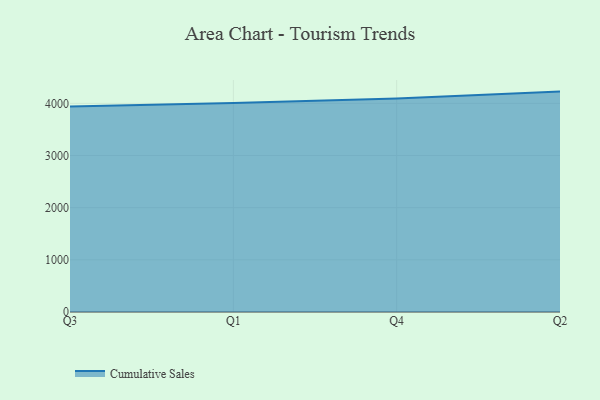
{"axis": {"x": "Quarter", "y": "Conversion Rate (%)"}, "legend": ["Cumulative Sales"], "data": [{"x": "Q3", "y": 3937.3, "type": "Cumulative Sales"}, {"x": "Q1", "y": 4007.4, "type": "Cumulative Sales"}, {"x": "Q4", "y": 4092.7, "type": "Cumulative Sales"}, {"x": "Q2", "y": 4225.1, "type": "Cumulative Sales"}]}